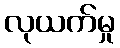
လုယက်မှု